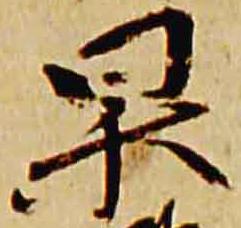
杲